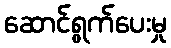
ဆောင်ရွက်ပေးမှု